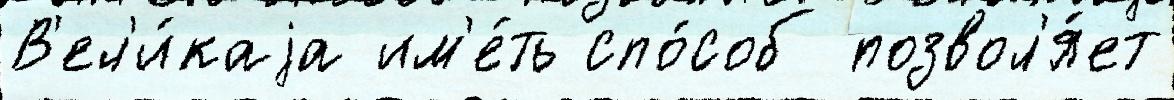
В'ел'и́каjа им'е́ть спо́соб позвол'я́ет